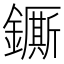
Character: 𨮭